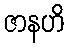
ဇာနဟိ